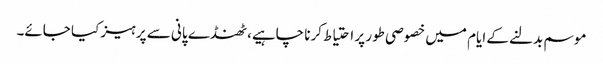
موسم بدلنے کے ایام میں خصوصی طور پر احتیاط کرنا چاہیے، ٹھنڈے پانی سے پرہیز کیا جائے۔